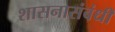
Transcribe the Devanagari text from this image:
शासनासंबंधी